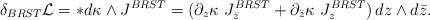
LaTeX: \begin{align*}\delta_{BRST}{\cal L}=*d\kappa\wedge J^{BRST}=(\partial_z\kappa \,\,J_{\bar z}^{BRST}+\partial_{\bar z}\kappa \,\,J_z^{BRST})\, dz\wedge d \bar z.\end{align*}